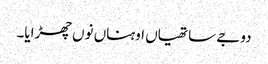
دوجے ساتھیاں اوہناں نوں چھڑایا۔